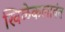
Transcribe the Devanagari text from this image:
खिळेकलावंत